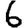
Digit: 6